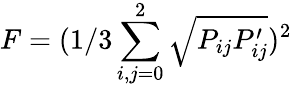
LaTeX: F=(1/3\sum_{i,j=0}^{2}\sqrt{P_{ij}P_{ij}^{\prime}})^{2}